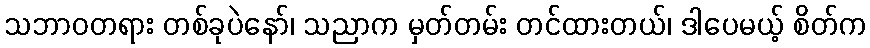
သဘာဝတရား တစ်ခုပဲနော်၊ သညာက မှတ်တမ်း တင်ထားတယ်၊ ဒါပေမယ့် စိတ်က